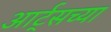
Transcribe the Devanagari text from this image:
आर्ट्‌सच्या